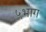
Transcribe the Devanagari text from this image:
५भाग